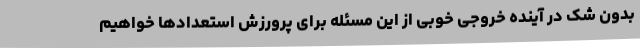
بدون شک در آینده خروجی خوبی از این مسئله برای پرورزش استعدادها خواهیم